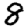
Digit: 8